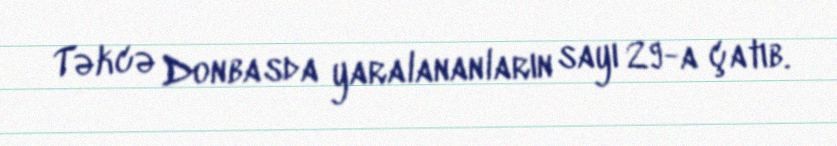
Təkcə Donbasda yaralananların sayı 29-a çatıb.